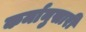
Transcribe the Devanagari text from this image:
कर्मानुसारी